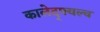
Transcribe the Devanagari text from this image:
कालेद्फ्वल्च